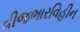
વીજભારવિહીન